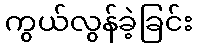
ကွယ်လွန်ခဲ့ခြင်း